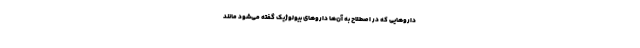
دارو‌هایی که در اصطلاح به آن‌ها دارو‌های بیولوژیک گفته می‌شود مانند